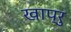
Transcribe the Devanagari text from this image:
खाप्रु